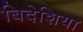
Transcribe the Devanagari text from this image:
बिदेशिया